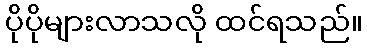
ပိုပိုများလာသလို ထင်ရသည်။